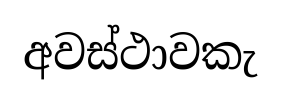
අවස්ථාවකැ